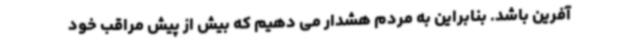
آفرین باشد. بنابراین به مردم هشدار می دهیم که بیش از پیش مراقب خود